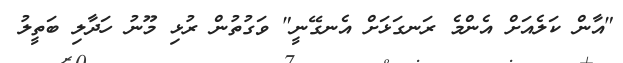
"އާން ކަލެއަށް އެންމެ ރަނގަޅަށް އެނގޭނީ" ވަގުތުން ރުޅި މޫނު ހަދާލި ބަތީލު